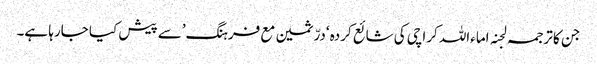
جن کا ترجمہ لجنہ اماءاللہ کراچی کی شائع کردہ ‘درّثمین مع فرہنگ’سے پیش کیا جارہا ہے۔